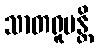
သာတရူပန္တိ